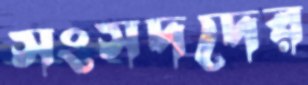
সংসদদের